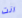
انت